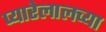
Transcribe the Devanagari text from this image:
प्यारेलालच्या